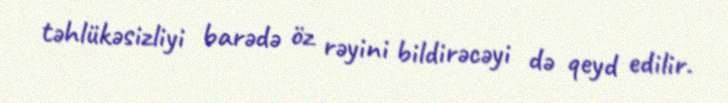
təhlükəsizliyi barədə öz rəyini bildirəcəyi də qeyd edilir.